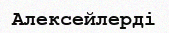
Алексейлерді